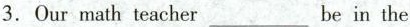
3.Our math teacher ___ be in the